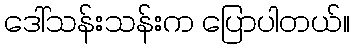
ဒေါ်သန်းသန်းက ပြောပါတယ်။